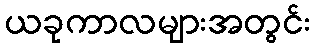
ယခုကာလများအတွင်း